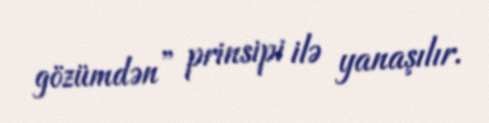
gözümdən” prinsipi ilə yanaşılır.